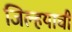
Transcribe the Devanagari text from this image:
जिल्हयाची